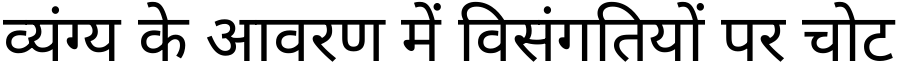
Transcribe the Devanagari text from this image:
व्यंग्य के आवरण में विसंगतियों पर चोट